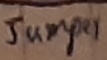
Text: JUMPER